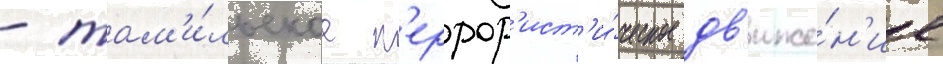
- там'и́льское т'еррор'ист'и́ческое дв'иже́н'ие